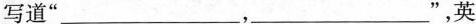
写道”___，___ ”，英